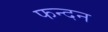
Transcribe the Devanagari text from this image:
फन्दन